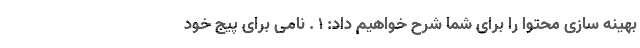
بهینه سازی محتوا را برای شما شرح خواهیم داد: 1 . نامی برای پیج خود